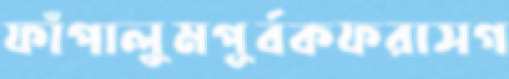
ফাঁপালুমপূর্বকফরাসগ